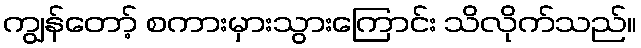
ကျွန်တော့် စကားမှားသွားကြောင်း သိလိုက်သည်။